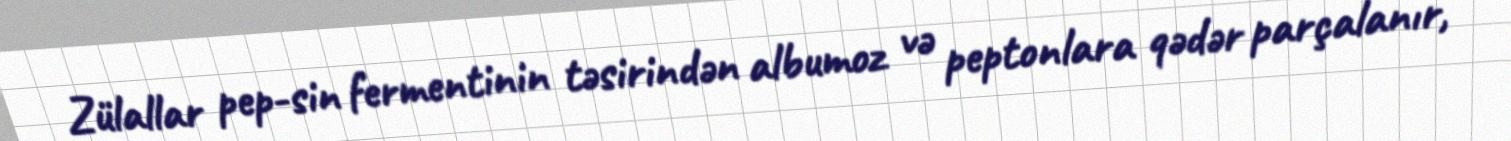
Zülallar pep-sin fermentinin təsirindən albumoz və peptonlara qədər parçalanır,